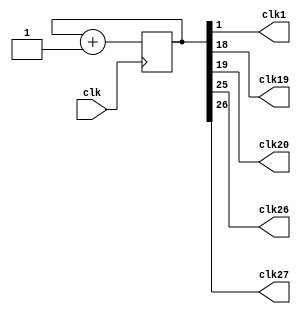
module clock_divisor(
	input clk,
	output clk1,
	output clk19,
	output clk20,
	output clk26,
	output clk27
);
	reg [26:0] num;
	wire [26:0] next_num;

	always @(posedge clk) begin
		num <= next_num;
	end

	assign next_num = num + 1'b1;
	assign clk1 = num[1];
	assign clk19 = num[18];
	assign clk20 = num[19];
	assign clk26 = num[25];
	assign clk27 = num[26];
endmodule